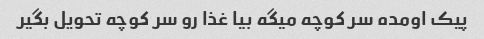
پیک اومده سر کوچه میگه بیا غذا رو سر کوچه تحویل بگیر